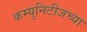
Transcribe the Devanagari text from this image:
कम्युनिटीजच्या